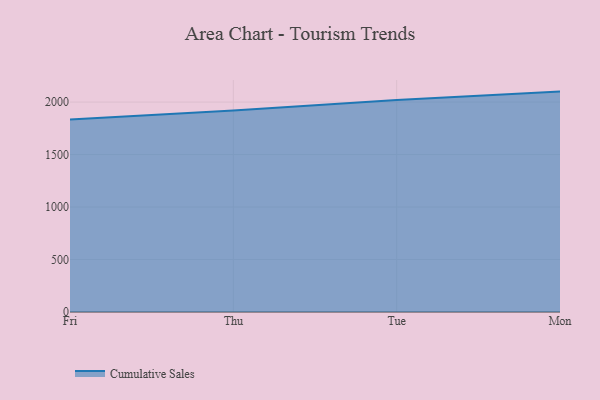
{"axis": {"x": "Day", "y": "Revenue (USD Million)"}, "legend": ["Cumulative Sales"], "data": [{"x": "Fri", "y": 1834.5, "type": "Cumulative Sales"}, {"x": "Thu", "y": 1919.9, "type": "Cumulative Sales"}, {"x": "Tue", "y": 2020.4, "type": "Cumulative Sales"}, {"x": "Mon", "y": 2099.7, "type": "Cumulative Sales"}]}